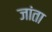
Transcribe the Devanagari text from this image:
जांता